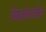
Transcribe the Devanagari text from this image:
मिळेपर्यत